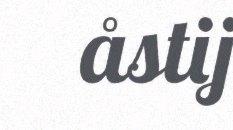
åstij